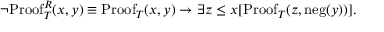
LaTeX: \lnot \mathrm { P r o o f } _ { T } ^ { R } ( x , y ) \equiv \mathrm { P r o o f } _ { T } ( x , y ) \to \exists z \leq x [ \mathrm { P r o o f } _ { T } ( z , \mathrm { n e g } ( y ) ) ] .